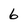
Character: 6